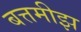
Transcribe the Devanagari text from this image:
बत्तमीझ